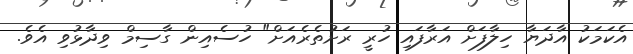
އެކަމަކު އާދަޔާ ހިލާފަށް އަރާފައި ހުރީ ރަށުތެރެއަށް" ހުސެއިން ގާސިމް ވިދާޅުވި އެވެ.